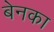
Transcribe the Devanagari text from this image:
बेनका